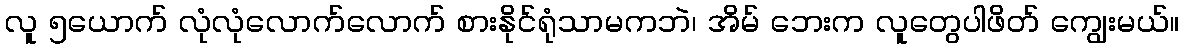
လူ ၅ယောက် လုံလုံလောက်လောက် စားနိုင်ရုံသာမကဘဲ၊ အိမ် ဘေးက လူတွေပါဖိတ် ကျွေးမယ်။